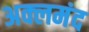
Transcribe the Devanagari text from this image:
अक्लमंद